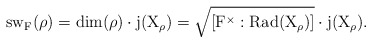
\begin{align*} \rm{sw}_F(\rho)=\rm{dim}(\rho)\cdot j(X_\rho)=\sqrt{[F^\times:\rm{Rad}(X_\rho)]}\cdot j(X_\rho).\end{align*}